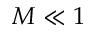
M \ll 1